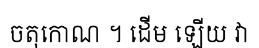
ចតុកោណ ។ ដើម ឡើយ វា